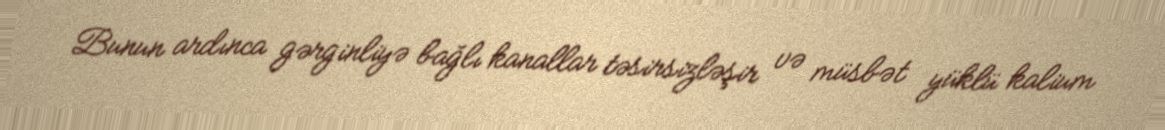
Bunun ardınca gərginliyə bağlı kanallar təsirsizləşir və müsbət yüklü kalium